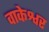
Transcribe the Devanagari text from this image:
वाकेश्वर